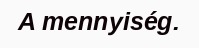
A mennyiség.